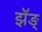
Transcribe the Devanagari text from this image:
झॅङ्